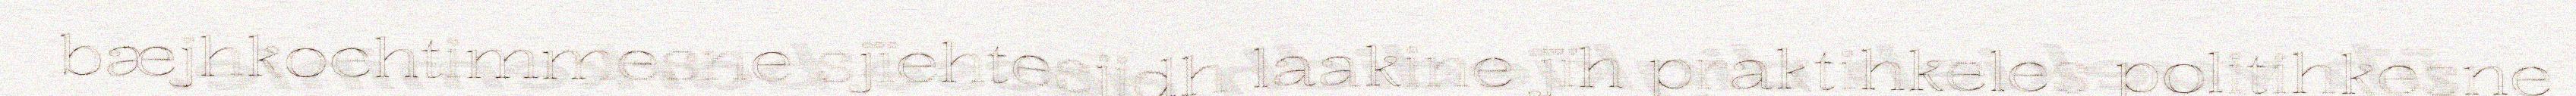
bæjhkoehtimmesne sjïehtesjidh laakine jïh praktihkeles politihkesne